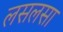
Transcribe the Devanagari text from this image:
लसलसा